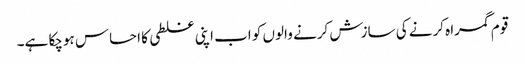
قوم گمراہ کرنے کی سازش کرنے والوں کو اب اپنی غلطی کا احساس ہوچکا ہے۔